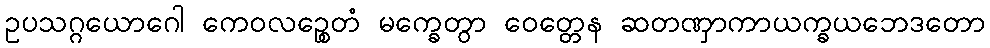
ဥပသဂ္ဂယောဂေါ ကေဝလဉ္စေတံ မက္ခေတွာ ဝေတ္တေန ဆတဏှာကာယက္ခယဘေဒတော